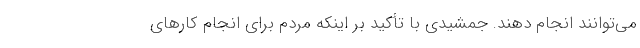
می‌توانند انجام دهند. جمشیدی با تأکید بر اینکه مردم برای انجام کارهای